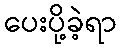
ပေးပို့ခဲ့ရာ